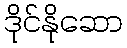
ဒိုင်နိုဆော